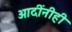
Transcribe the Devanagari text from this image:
आदींनीही